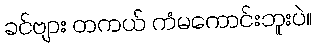
ခင်ဗျား တကယ် ကံမကောင်းဘူးပဲ။